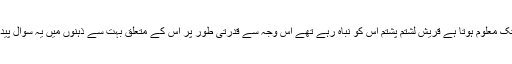
یہ یاد رہے کہ معاہدۂ حدیبیہ غیر موقت تھا اور ان آیات کے نزول کے وقت تک معلوم ہوتا ہے قریش لشتم پشتم اس کو نباہ رہے تھے اس وجہ سے قدرتی طور پر اس کے متعلق بہت سے ذہنوں میں یہ سوال پیدا ہوا ہوگا کہ چار ماہ کی مذکورہ مدت گزرنے کے بعد اس کا کیا انجام ہو گا؟